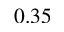
0 . 3 5